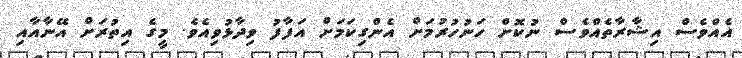
އެއްވެސް އިޝާރާތެއްވެސް ނުކޮށް ހަނުހުރުމަށް އެންގިކަމަށް އަފާފު ވިދާޅުވިއެވެ. މީގެ އިތުރަށް އޭނާއާއި